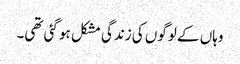
وہاں کے لوگوں کی زندگی مشکل ہو گئی تھی۔